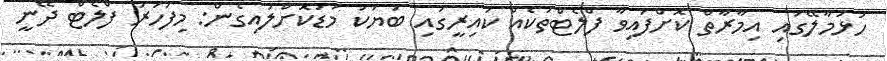
ހުޅުމާލޭގައި އިމާރާތް ކޮށްފައިވާ ފްލެޓްތަކެއް ކައިރީގައި ބަޔަކު މަޑުކޮށްލައިގެން: މިފަހަރު ފްލެޓް ދޭނީ